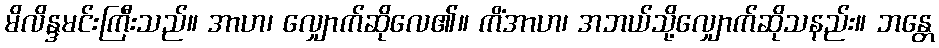
မိလိန္ဒမင်းကြီးသည်။ အာဟ၊ လျှောက်ဆိုလေ၏။ ကိံအာဟ၊ အဘယ်သို့လျှောက်ဆိုသနည်း။ ဘန္တေ